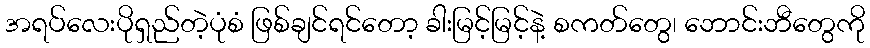
အရပ်လေးပိုရှည်တဲ့ပုံစံ ဖြစ်ချင်ရင်တော့ ခါးမြင့်မြင့်နဲ့ စကတ်တွေ၊ ဘောင်းဘီတွေကို